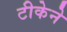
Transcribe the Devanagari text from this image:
टीकेने